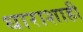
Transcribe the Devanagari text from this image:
धाराशाही